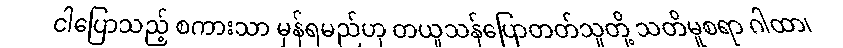
ငါပြောသည့် စကားသာ မှန်ရမည်ဟု တယူသန်ပြောတတ်သူတို့ သတိမူစရာ ဂါထာ၊